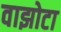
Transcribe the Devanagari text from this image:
वाझोटा